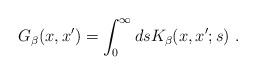
\begin{align*}G_\beta(x,x')=\int_0^\infty ds K_\beta(x,x';s) \ .\end{align*}